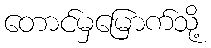
တောင်မှမြောက်သို့